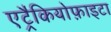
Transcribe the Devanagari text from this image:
एट्रैकियोफ़ाइटा